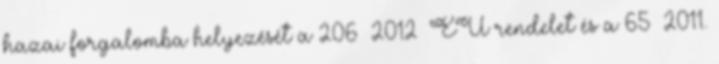
hazai forgalomba helyezését a 206 2012 EU rendelet és a 65 2011.